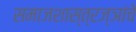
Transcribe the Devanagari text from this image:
समाजशास्त्रज्ञांचे